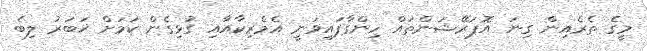
މީގެ ތެރެއިން ގިނަ އޮޕަރޭޝަންތައް ހިންގާފައިވަނީ އެމެރިކާއާއި ގުޅިގެން ކަމަށް ޚަބަރު ލިބެ